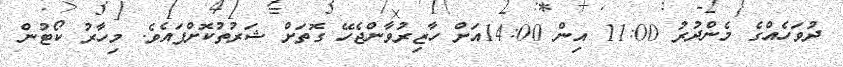
ދުވަހެއްގެ މެންދުރު 11:00 އިން 14:00އަށް ހާޒިރުވާންޖެހޭ ގޮތަށް ޝަރުތުކޮށްފައެވެ. މިހާރު ކޯޓުން